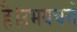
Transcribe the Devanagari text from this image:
है।उभयचरों